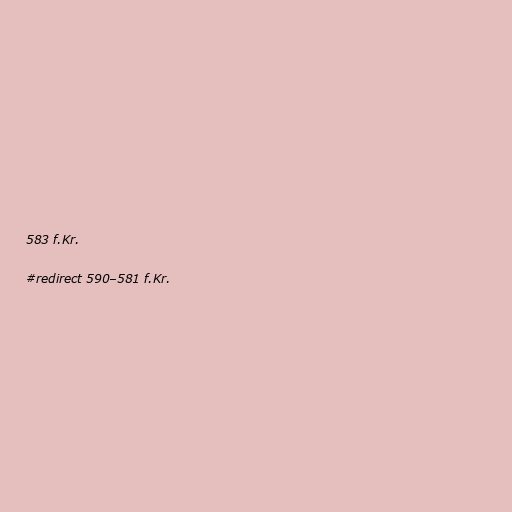
583 f.Kr.

#redirect 590–581 f.Kr.